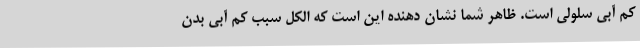
کم آبی سلولی است. ظاهر شما نشان دهنده این است که الکل سبب کم آبی بدن